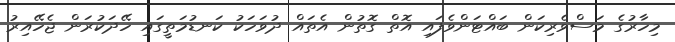
މިހާރުގެ މަސްވެރިކަން ބައްޓަންވެފައި އޮތް ގޮތުން އެތައް ދުވަހަކު ކަނޑުމަތީގައި ހޭދަކުރަން ޖެހޭއިރު